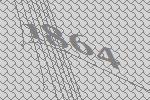
1864